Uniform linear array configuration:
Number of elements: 32
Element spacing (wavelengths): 0.75
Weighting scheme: blackman
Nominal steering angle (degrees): -45
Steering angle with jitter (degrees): -44.826
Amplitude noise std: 0.05
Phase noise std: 0.05

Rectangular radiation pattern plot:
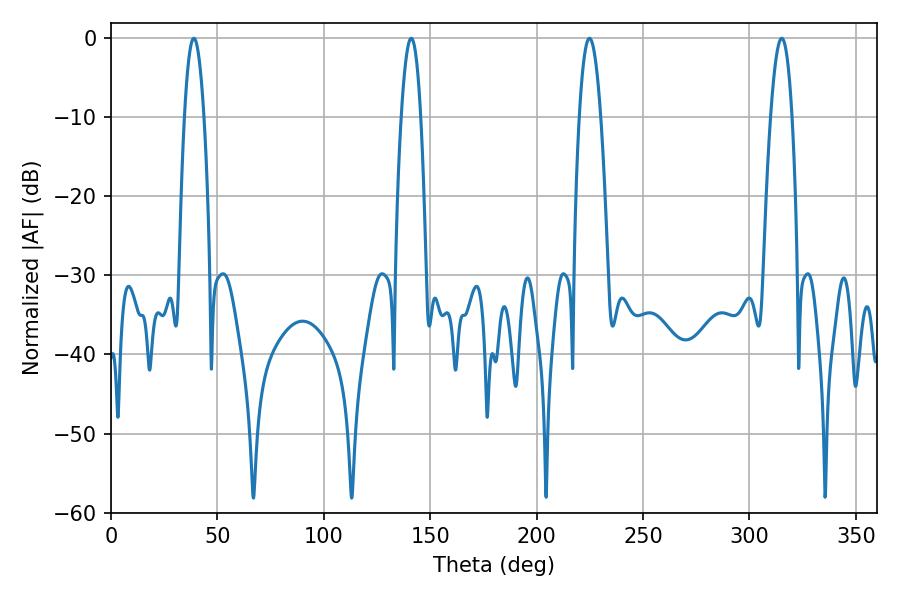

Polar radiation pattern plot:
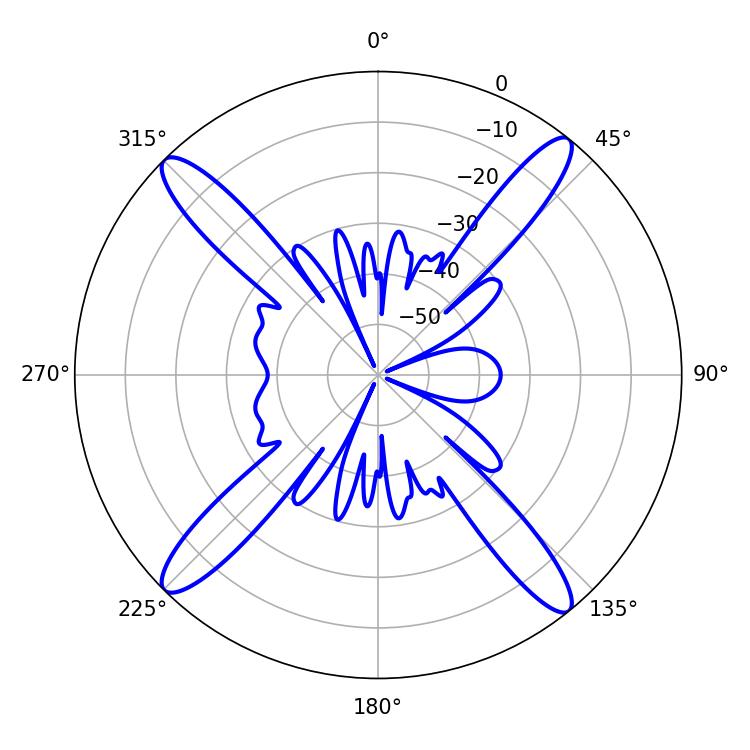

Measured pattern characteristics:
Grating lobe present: TRUE
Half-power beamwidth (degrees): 5.58
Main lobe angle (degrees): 224.82